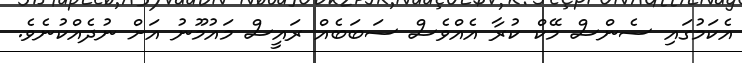
އެކަމުގައި ސެންސް މޭކް ކުރާ އެއްވެސް ސަބަބެއް ރައީސް މައުމޫނު އަށް ނުދެއްކުނެވެ.